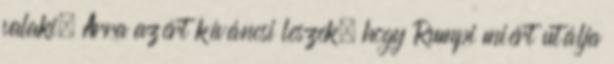
valaki. Arra azért kíváncsi leszek, hogy Rumpi miért utálja